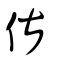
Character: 偡